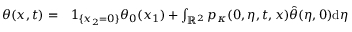
\begin{array} { r l } { \theta ( x , t ) = } & { { } 1 _ { \{ x _ { 2 } = 0 \} } \theta _ { 0 } ( x _ { 1 } ) + \int _ { \mathbb { R } ^ { 2 } } p _ { \kappa } ( 0 , \eta , t , x ) \hat { \theta } ( \eta , 0 ) \mathrm { d } \eta } \end{array}